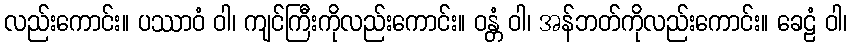
လည်းကောင်း။ ပဿာဝံ ဝါ၊ ကျင်ကြီးကိုလည်းကောင်း။ ဝန္တံ ဝါ၊ အန်ဘတ်ကိုလည်းကောင်း။ ခေဠံ ဝါ၊